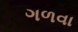
ગળવા